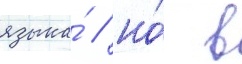
языка́ / но́ в